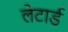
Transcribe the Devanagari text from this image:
लेटार्ड